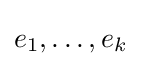
e_{1},\ldots ,e_{k}